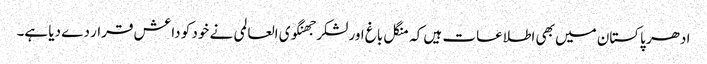
ادھر پاکستان میں بھی اطلاعات ہیں کہ منگل باغ اور لشکر جھنگوی العالمی نے خود کو داعش قرار دے دیا ہے۔